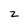
Character: z